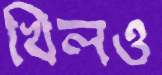
খিলও